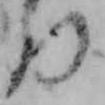
り